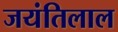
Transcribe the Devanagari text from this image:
जयंतिलाल